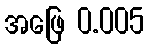
အဖြေ 0.005